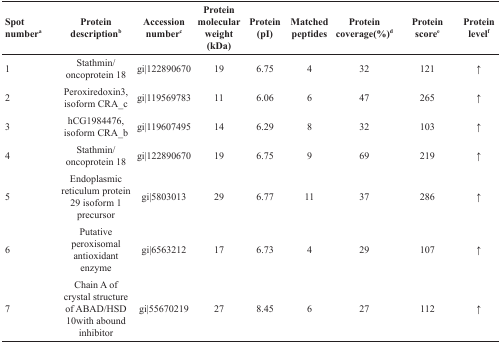
<table><thead><tr><td><b>Spot number<sup>a</sup></b></td><td><b>Protein description<sup>b</sup></b></td><td><b>Accession number<sup>c</sup></b></td><td><b>Protein molecular weight (kDa)</b></td><td><b>Protein (pI)</b></td><td><b>Matched peptides</b></td><td><b>Protein coverage(%)<sup>d</sup></b></td><td><b>Protein score<sup>e</sup></b></td><td><b>Protein level<sup>f</sup></b></td></tr></thead><tbody><tr><td>1</td><td>Stathmin/oncoprotein 18</td><td>gi|122890670</td><td>19</td><td>6.75</td><td>4</td><td>32</td><td>121</td><td>↑</td></tr><tr><td>2</td><td>Peroxiredoxin3, isoform CRA_c</td><td>gi|119569783</td><td>11</td><td>6.06</td><td>6</td><td>47</td><td>265</td><td>↑</td></tr><tr><td>3</td><td>hCG1984476, isoform CRA_b</td><td>gi|119607495</td><td>14</td><td>6.29</td><td>8</td><td>32</td><td>103</td><td>↑</td></tr><tr><td>4</td><td>Stathmin/oncoprotein 18</td><td>gi|122890670</td><td>19</td><td>6.75</td><td>9</td><td>69</td><td>219</td><td>↑</td></tr><tr><td>5</td><td>Endoplasmic reticulum protein 29 isoform 1 precursor</td><td>gi|5803013</td><td>29</td><td>6.77</td><td>11</td><td>37</td><td>286</td><td>↑</td></tr><tr><td>6</td><td>Putative peroxisomal antioxidant enzyme</td><td>gi|6563212</td><td>17</td><td>6.73</td><td>4</td><td>29</td><td>107</td><td>↑</td></tr><tr><td>7</td><td>Chain A of crystal structure of ABAD/HSD 10with abound inhibitor</td><td>gi|55670219</td><td>27</td><td>8.45</td><td>6</td><td>27</td><td>112</td><td>↑</td></tr></tbody></table>